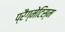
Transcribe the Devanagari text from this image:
प्रैग्मेटिस्म